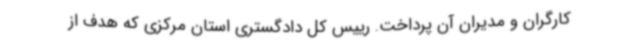
کارگران و مدیران آن پرداخت. رییس کل دادگستری استان مرکزی که هدف از